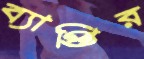
ব্যাপ্তির